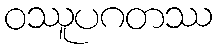
ဝဿူပဂတဿ